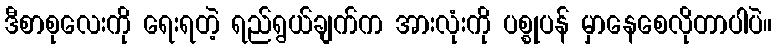
ဒီစာစုလေးကို ရေးရတဲ့ ရည်ရွယ်ချက်က အားလုံးကို ပစ္စုပန် မှာနေစေလိုတာပါပဲ။